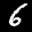
Label: 6